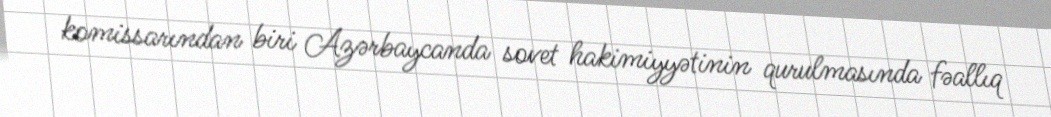
komissarından biri Azərbaycanda sovet hakimiyyətinin qurulmasında fəallıq